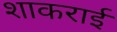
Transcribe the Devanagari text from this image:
शाकराई